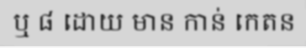
ឬ ៨ ដោយ មាន កាន់ កេតន